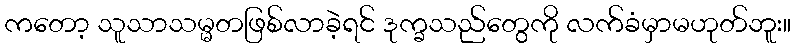
ကတော့ သူသာသမ္မတဖြစ်လာခဲ့ရင် ဒုက္ခသည်တွေကို လက်ခံမှာမဟုတ်ဘူး။